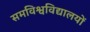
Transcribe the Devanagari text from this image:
समविश्वविद्यालयों